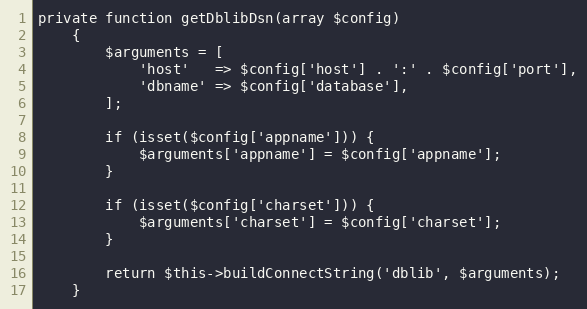
Language: PHP
private function getDblibDsn(array $config)
    {
        $arguments = [
            'host'   => $config['host'] . ':' . $config['port'],
            'dbname' => $config['database'],
        ];

        if (isset($config['appname'])) {
            $arguments['appname'] = $config['appname'];
        }

        if (isset($config['charset'])) {
            $arguments['charset'] = $config['charset'];
        }

        return $this->buildConnectString('dblib', $arguments);
    }